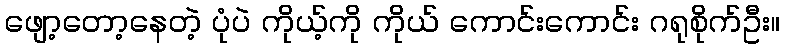
ဖျော့တော့နေတဲ့ ပုံပဲ ကိုယ့်ကို ကိုယ် ကောင်းကောင်း ဂရုစိုက်ဦး။